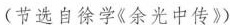
(节选自徐学《余光中传》)